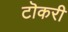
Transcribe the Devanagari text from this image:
टॊकरी